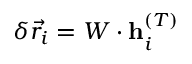
\delta \vec { r } _ { i } = W \cdot \mathbf { h } _ { i } ^ { ( T ) }